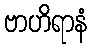
ဗာဟိရာနံ